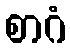
စာဂံ